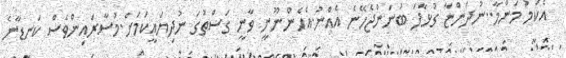
އެކަމު މަންމާ..ނުދަންޏާ ގުޅާފަ ބުނަންޖެހޭނެ އެއްނު.އެހެންނޫނީ ވާނީ ގަސްތުގަ ނުދިޔައީކަމަށް.މުސާރައިންވެސް ކަނޑާނެ